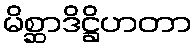
မိစ္ဆာဒိဋ္ဌိဟတာ